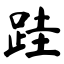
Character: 跬